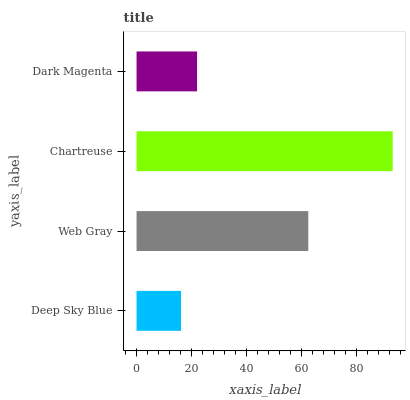
| yaxis_label | bars |
 | --- | --- |
 | Deep Sky Blue | 16.2 |
 | Web Gray | 62.5 |
 | Chartreuse | 93.2 |
 | Dark Magenta | 22 |